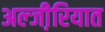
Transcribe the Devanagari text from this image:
अल्जी़रियात